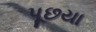
પૂછયા